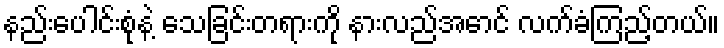
နည်းပေါင်းစုံနဲ့ သေခြင်းတရားကို နားလည်အောင် လက်ခံကြည့်တယ်။